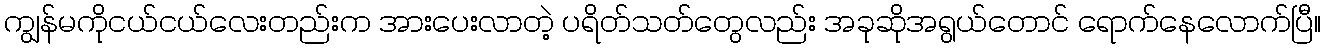
ကျွန်မကိုငယ်ငယ်လေးတည်းက အားပေးလာတဲ့ ပရိတ်သတ်တွေလည်း အခုဆိုအရွယ်တောင် ရောက်နေလောက်ပြီ။